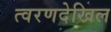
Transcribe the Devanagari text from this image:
त्वरणदेखिल